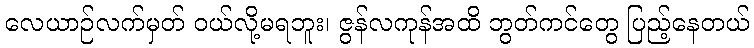
လေယာဉ်လက်မှတ် ဝယ်လို့မရဘူး၊ ဇွန်လကုန်အထိ ဘွတ်ကင်တွေ ပြည့်နေတယ်